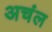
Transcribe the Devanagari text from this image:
अचंल